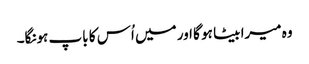
وہ میرا بیٹا ہو گا اور میں اُس کا باپ ہونگا۔